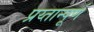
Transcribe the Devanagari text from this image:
प्रय्तान्पूर्ण